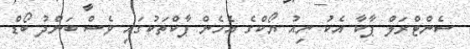
ސެންޓްރަލް ޕާކާ އެކު ނިއު ޔޯކްގެ އެހެން ޕާކްތަކުގައި ވެސް ބަންދު ބޯޑް